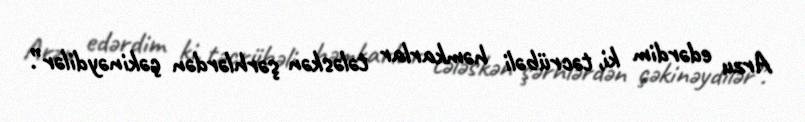
Arzu edərdim ki, təcrübəli həmkarlar tələskən şərhlərdən çəkinəydilər”.